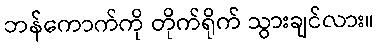
ဘန်ကောက်ကို တိုက်ရိုက် သွားချင်လား။